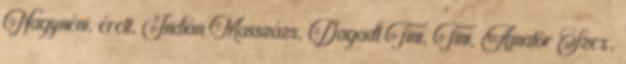
Nagynéni, érett, Indián Masszázs, Dagadt Tini, Tini, Amatõr Szex,